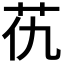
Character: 𦬖